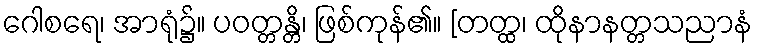
ဂေါစရေ၊ အာရုံ၌။ ပဝတ္တန္တိ၊ ဖြစ်ကုန်၏။ [တတ္ထ၊ ထိုနာနတ္တသညာနံ